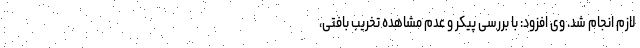
لازم انجام شد. وی افزود: با بررسی پيكر و عدم مشاهده تخریب بافتی،